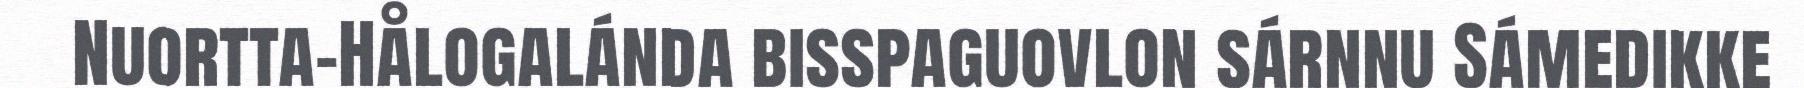
Nuortta-Hålogalánda bisspaguovlon sárnnu Sámedikke